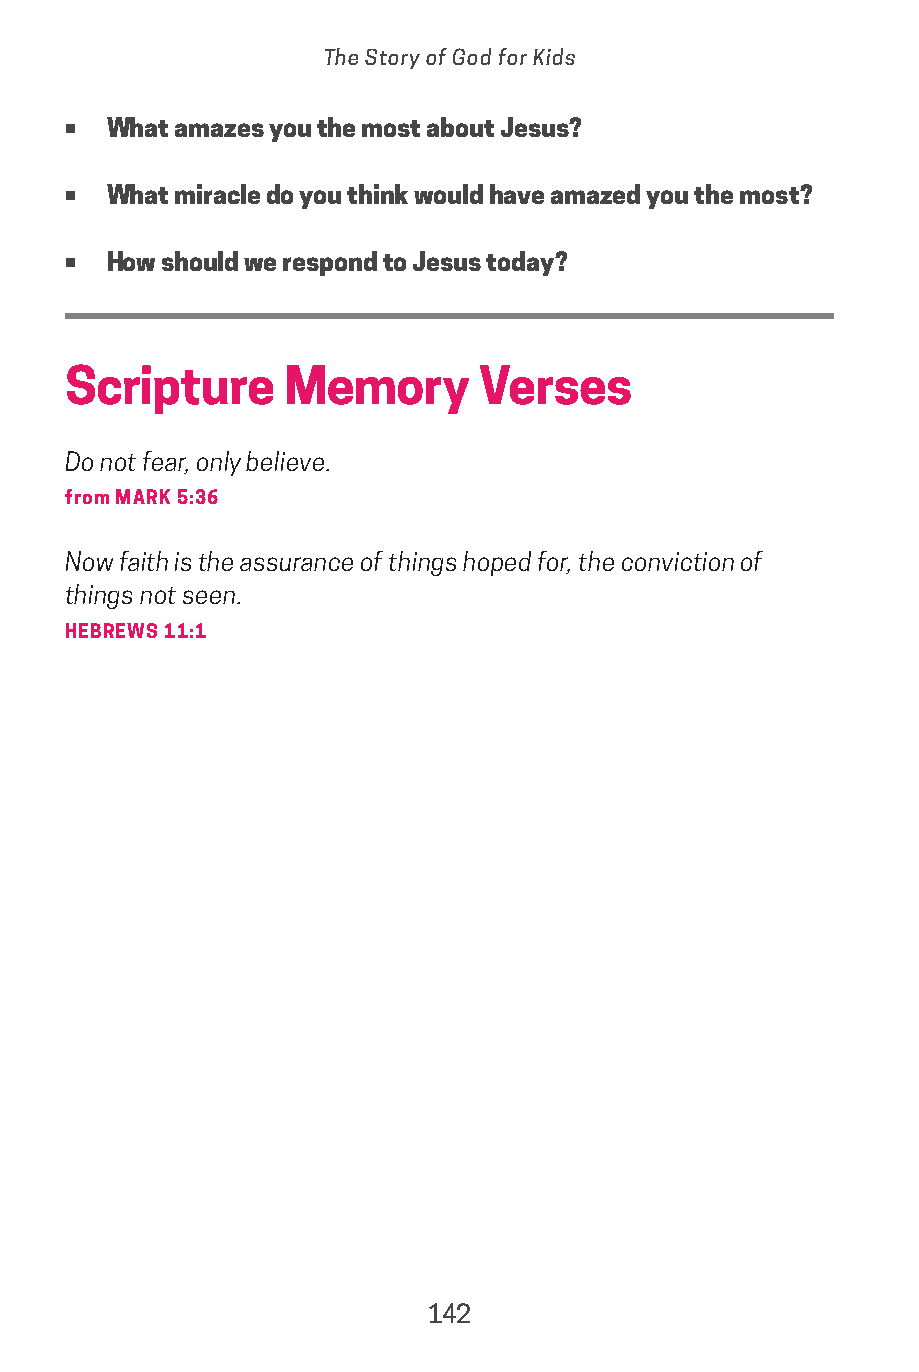
The Story of God for Kids
 •  What amazes you the most about Jesus?
 •  What miracle do you think would have amazed you the most?
 •  How should we respond to Jesus today?
 Scripture     Memory       Verses
 Do not fear, only believe.
 from MARK 5:36
 Now faith is the assurance of things hoped for, the conviction of
 things not seen.
 HEBREWS 11:1
 142
 saturate-story_of_god_kids-2.indd 142             8/10/17 10:11 PM